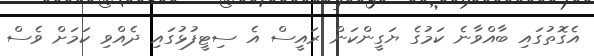
އެގޮތުގައި ބާއްވާނެ ކަމުގެ ޔަގީންކަން ރައީސް އެ ސިޓީފުޅުގައި ދެއްވި ކަމަށް ވެސް